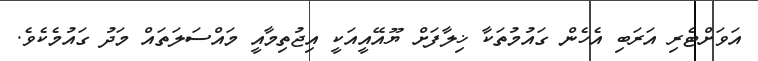
އަވަށްޓެރި އަރަބި އެހެން ގައުމުތަކާ ޚިލާފަށް ޔޫއޭއީއަކީ އިޖުތިމާއީ މައްސަލަތައް މަދު ގައުމެކެވެ.